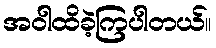
အဝါထိခဲ့ကြပါတယ်။